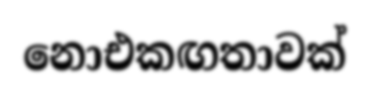
නොඑකඟතාවක්